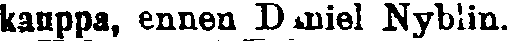
kauppa, ennen Daniel Nyblin.